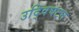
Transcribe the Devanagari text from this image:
उद्विघटन